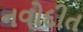
નવોદીત